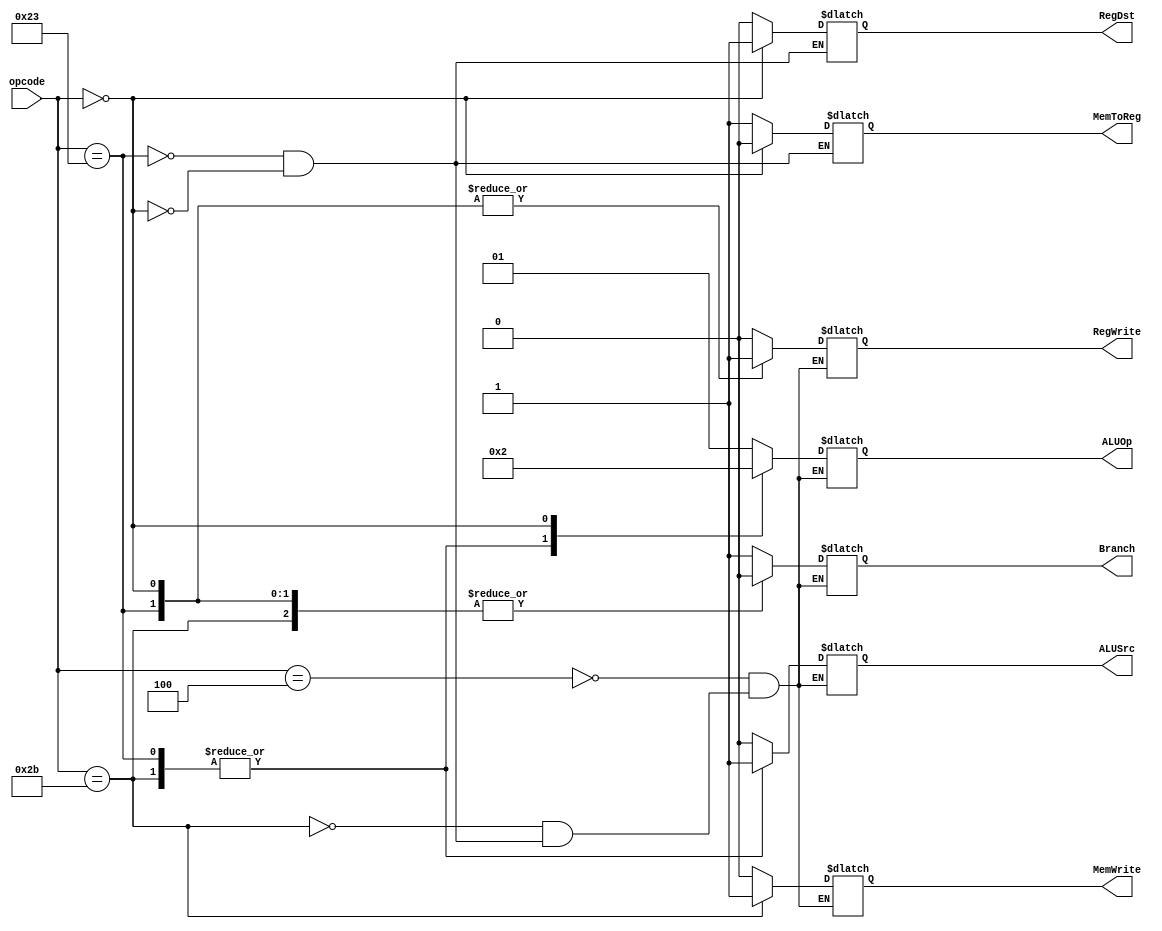
module main_decoder(
    input [5:0] opcode,
    output MemToReg, MemWrite, Branch, ALUSrc, RegDst, RegWrite, 
    output [1:0] ALUOp
);

reg MemToReg_1;
reg MemWrite_1; 
reg Branch_1;
reg ALUSrc_1;
reg RegDst_1; 
reg RegWrite_1;
reg [1:0] ALUOp_1;

assign ALUOp = ALUOp_1;
assign MemToReg = MemToReg_1;
assign MemWrite = MemWrite_1;
assign Branch = Branch_1;
assign ALUSrc = ALUSrc_1;
assign RegDst = RegDst_1;
assign RegWrite = RegWrite_1;

always @*
begin
    case (opcode)
        6'h04:
        begin
            RegWrite_1 = 1'b0;
            ALUSrc_1 = 1'b0;
            Branch_1 = 1'b1;
            MemWrite_1 = 1'b0;
            ALUOp_1 = 2'b01;
        end
		  6'h2B:
        begin
            RegWrite_1 = 1'b0;
            ALUSrc_1 = 1'b1;
            Branch_1 = 1'b0;
            MemWrite_1 = 1'b1;
            ALUOp_1 = 2'b00;
        end
        6'h23:   
        begin
            RegWrite_1 = 1'b1;
            RegDst_1 = 1'b0;
            ALUSrc_1 = 1'b1;
            Branch_1 = 1'b0;
            MemWrite_1 = 1'b0;
            MemToReg_1 = 1'b1;
            ALUOp_1 = 2'b00;
        end
        6'h00:  
        begin   
            RegWrite_1 = 1'b1;
            RegDst_1 = 1'b1;
            ALUSrc_1 = 1'b0;
            Branch_1 = 1'b0;
            MemWrite_1 = 1'b0;
            MemToReg_1 = 1'b0;
            ALUOp_1 = 2'b10;
        end
        
    endcase
end

endmodule